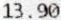
13.90